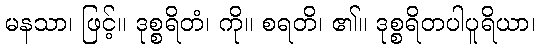
မနသာ၊ ဖြင့်။ ဒုစ္စရိတံ၊ ကို။ စရတိ၊ ၏။ ဒုစ္စရိတပါပူရိယာ၊